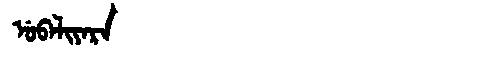
Manchu: ᡠᠪᠠᠯᡳᠶᠠᡵᠠ
Romanization: UBALIYARA